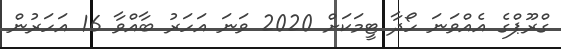
ގްރޫޕްގެ އެއްވަނަ ހޯދާ ޓީމަކަށް 2020 ވަނަ އަހަރު ބާއްވާ 16 އަހަރުން